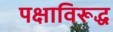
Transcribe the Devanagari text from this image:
पक्षाविरूद्ध